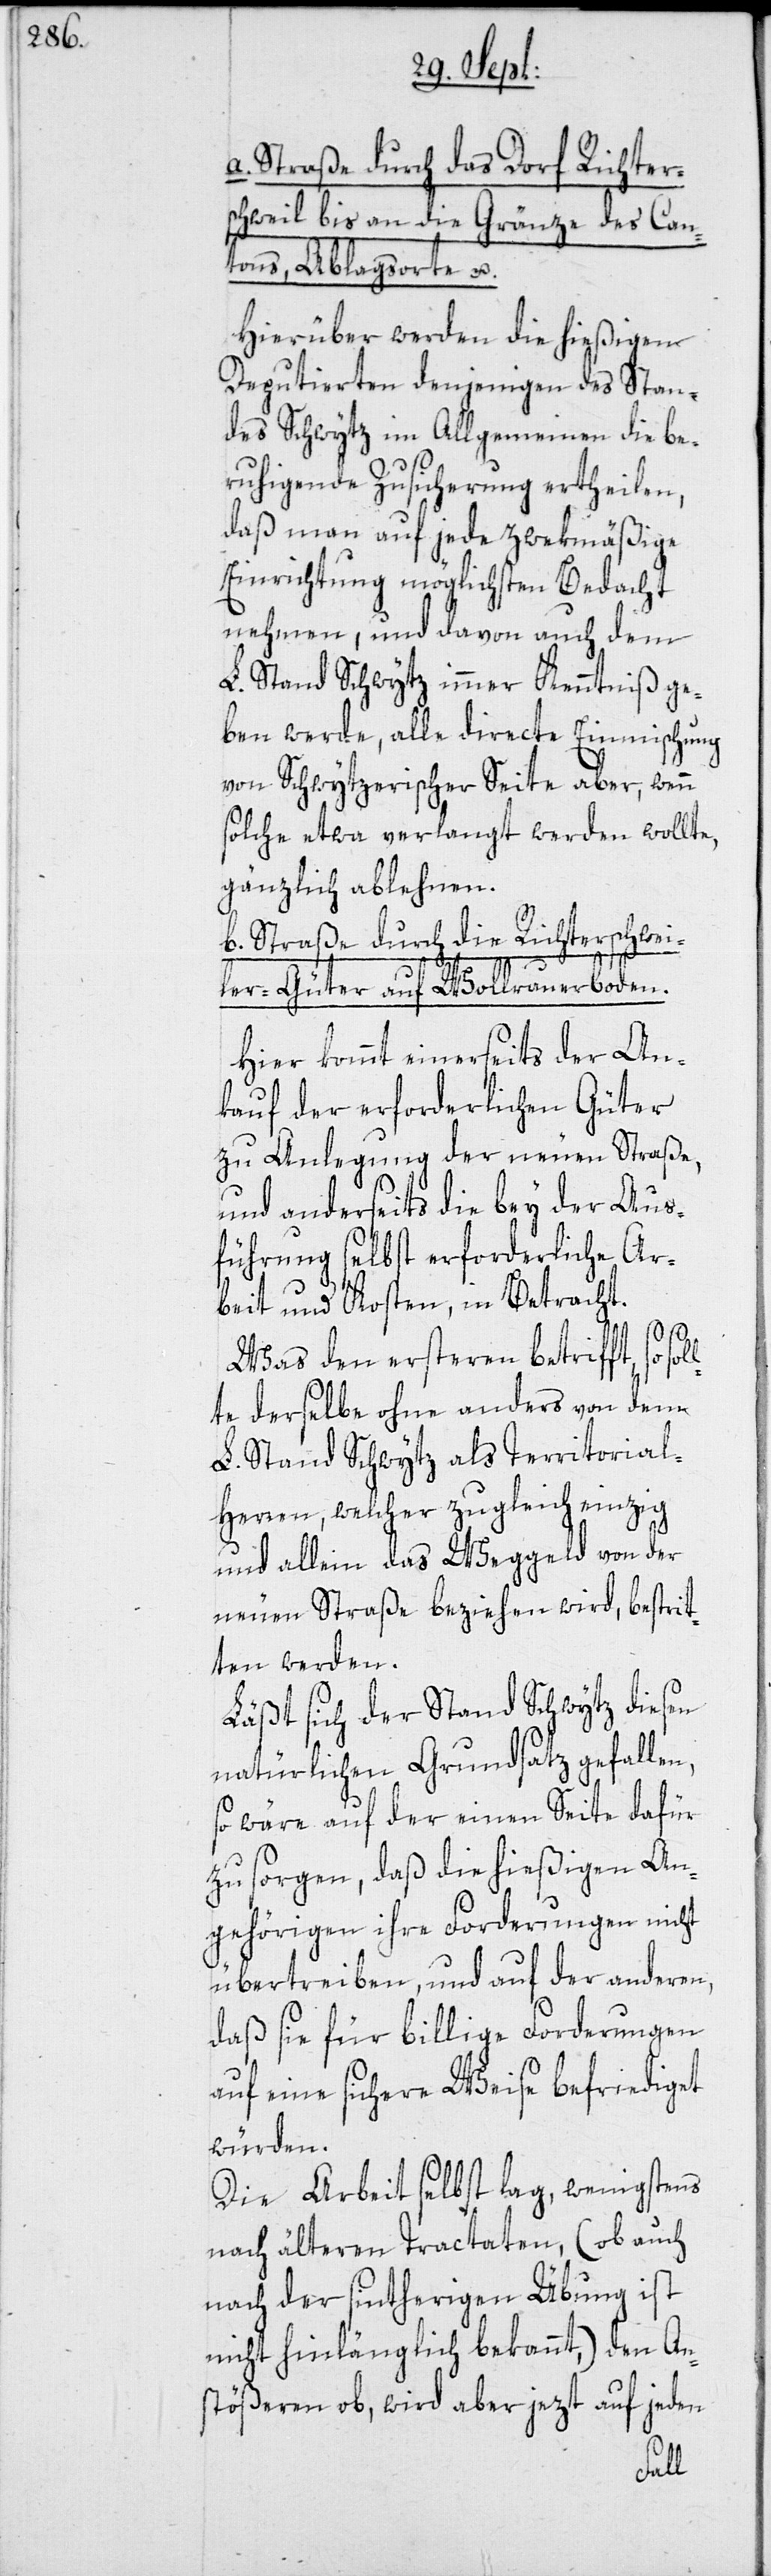
a. Straße durch das Dorf Richter¬
schweil bis an die Gränze des Can¬
tons, Ablagsorte u.
Hierüber werden die hießigen
Deputierten denjenigen des Stan¬
des Schwytz im Allgemeinen die be¬
ruhigende Zusicherung ertheilen,
daß man auf jede zwekmäßige
Einrichtung möglichsten Bedacht
nehmen, und davon auch dem
L. Stand Schwytz immer Kenntniß ge¬
ben werde, alle directe Einmischung
von Schwytzerischer Seite aber, wenn
solche etwa verlangt werden wollte,
gänzlich ablehnen.
b. Straße durch die Richterschwei¬
ol¬
ler-Güter auf Wollrauerboden.
Hier kommt einerseits der An¬
kauf der erforderlichen Güter
zu Anlegung der neuen Straße,
und anderseits die bey der Aus¬
führung selbst erforderliche Ar¬
beit und Kosten, in Betracht.
Was den ersteren betrifft, so s¬
lte derselbe ohne anders von dem
L. Stand Schwytz als Territorial-H¬
erren, welcher zugleich einzig
und allein das Weggeld von der
neuen Straße beziehen wird, bestrit¬
ten werden.
Läßt sich der Stand Schwytz diesen
natürlichen Grundsatz gefallen,
so wäre auf der einen Seite dafür
zu sorgen, daß die hießigen An¬
gehörigen ihre Forderungen nicht
übertreiben, und auf der anderen,
daß sie für billige Forderungen
auf eine sichere Weise befriediget
würden.
Die Arbeit selbst lag, wenigstens
nach älteren Tractaten, (ob auch
nach der sintherigen Übung ist
nicht hinlänglich bekannt,) den An¬
stößeren ob, wird aber jezt auf jeden